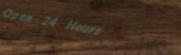
Open 24 Hours